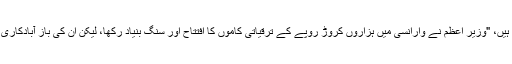
روبی کی باتوں کی حمایت کرتے ہوئی پڑوس میں رہنے والی 50 سالہ سریتا (بدلا ہوا نام) کہتی ہیں، "وزیر اعظم نے وارانسی میں ہزاروں کروڑ روپے کے ترقیاتی کاموں کا افتتاح اور سنگ بنیاد رکھا، لیکن ان کی باز آبادکاری کے لئے ایک بھی منصوبہ شروع نہیں ہوا جس کی وجہ سے وہ ٹھگا ہوا محسوس کر رہی ہیں‘‘۔